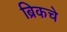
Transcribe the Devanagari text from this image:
ब्रिकचे